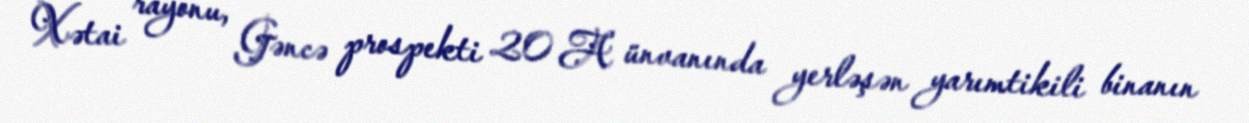
Xətai rayonu, Gəncə prospekti 20 A ünvanında yerləşən yarımtikili binanın